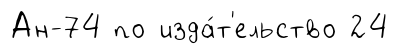
Ан-74 по изда́т'ельство 24